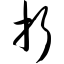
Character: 折